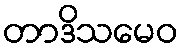
တာဒိသမေဝ